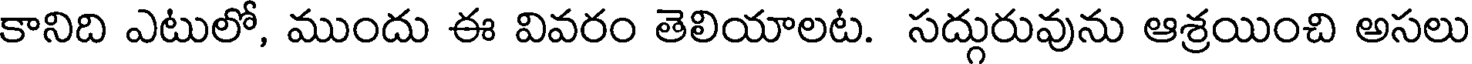
కానిది ఎటులో, ముందు ఈ వివరం తెలియాలట. సద్గురువును ఆశ్రయించి అసలు